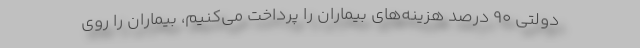
دولتی ۹۰ درصد هزینه‌های بیماران را پرداخت می‌کنیم، بیماران را روی